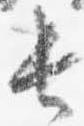
長